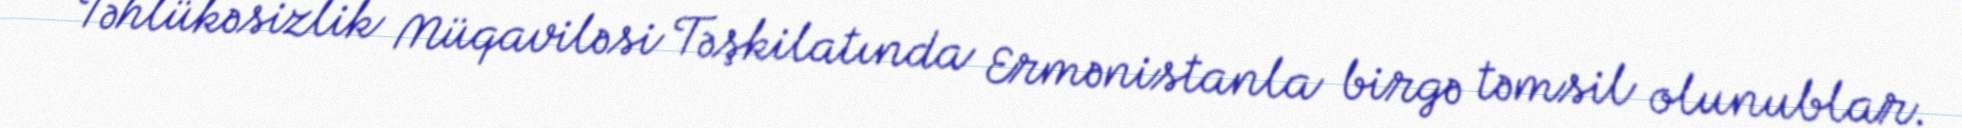
Təhlükəsizlik Müqaviləsi Təşkilatında Ermənistanla birgə təmsil olunublar.